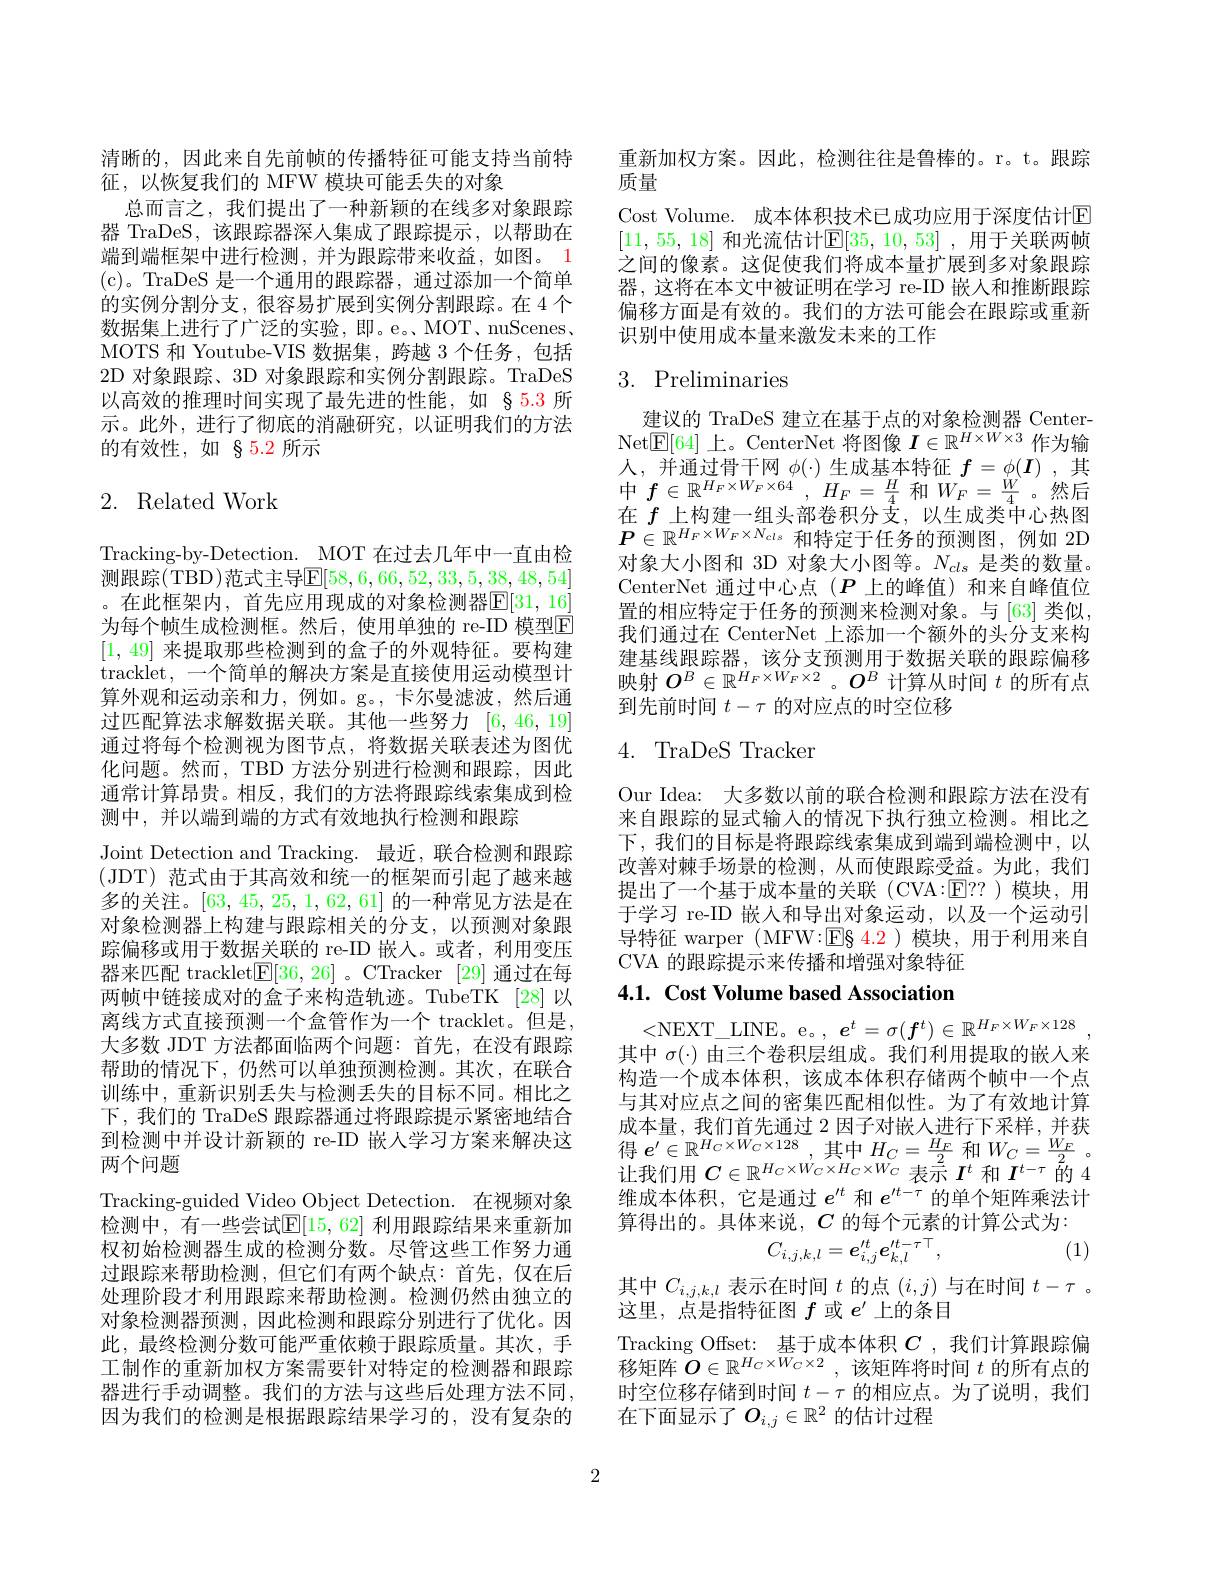
清晰的，因此来自先前帧的传播特征可能支持当前特
征，以恢复我们的 MFW 模块可能丢失的对象
总而言之，我们提出了一种新颖的在线多对象跟踪器 TraDeS,该跟踪器深人集成了跟踪提示，以帮助在端到端框架中进行检测，并为跟踪带来收益，如图。1 (c)。TraDeS 是一个通用的跟踪器，通过添加一个简单的实例分割分支，很容易扩展到实例分割跟踪。在 4 个数据集上进行了广泛的实验，即。e。MOT、nuScenes, MOTS 和 Youtube-VIS 数据集，跨越 3 个任务，包括2D 对象跟踪、3D 对象跟踪和实例分割跟踪。TraDeS 以高效的推理时间实现了最先进的性能，如 §5.3 所示。此外，进行了彻底的消融研究，以证明我们的方法的有效性，如 § 5.2 所示

# 2. Related Work

Tracking-by-Detection. MOT 在过去几年中一直由检测跟踪(TBD)范式主导$\overline{\mathrm{E}}[58,6,66,52,33,5,38,48,54]$ 。在此框架内，首先应用现成的对象检测器$\mathbb{E}[31,16]$ 为每个帧生成检测框。然后，使用单独的 re-ID 模型E [1, 49] 来提取那些检测到的盒子的外观特征。要构建tracklet, 一个简单的解决方案是直接使用运动模型计算外观和运动亲和力，例如。g。,卡尔曼滤波，然后通过匹配算法求解数据关联。其他一些努力[6,46,19] 通过将每个检测视为图节点，将数据关联表述为图优化问题。然而，TBD 方法分别进行检测和跟踪，因此通常计算昂贵。相反，我们的方法将跟踪线索集成到检测中，并以端到端的方式有效地执行检测和跟踪
Joint Detection and Tracking. 最近，联合检测和跟踪(JDT)范式由于其高效和统一的框架而引起了越来越多的关注。[63,45,25,1,62,61] 的一种常见方法是在对象检测器上构建与跟踪相关的分支，以预测对象跟踪偏移或用于数据关联的 re-ID 嵌入。或者，利用变压器来匹配 tracklet$\underline{\mathrm{E}}[36,26]$ 。CTracker [29] 通过在每两帧中链接成对的盒子来构造轨迹。TubeTK [28]以离线方式直接预测一个盒管作为一个 tracklet。但是， 大多数 JDT 方法都面临两个问题：首先，在没有跟踪帮助的情况下，仍然可以单独预测检测。其次，在联合训练中，重新识别丢失与检测丢失的目标不同。相比之下，我们的 TraDeS 跟踪器通过将跟踪提示紧密地结合到检测中并设计新颖的 re-ID 嵌人学习方案来解决这两个问题
Tracking-guided Video Object Detection. 在视频对象检测中，有一些尝试$\mathbb{E}[15,62]$ 利用跟踪结果来重新加权初始检测器生成的检测分数。尽管这些工作努力通过跟踪来帮助检测，但它们有两个缺点：首先，仅在后处理阶段才利用跟踪来帮助检测。检测仍然由独立的对象检测器预测，因此检测和跟踪分别进行了优化。因此，最终检测分数可能严重依赖于跟踪质量。其次，手工制作的重新加权方案需要针对特定的检测器和跟踪器进行手动调整。我们的方法与这些后处理方法不同， 因为我们的检测是根据跟踪结果学习的，没有复杂的

重新加权方案。因此，检测往往是鲁棒的。r。t。跟踪
质量
Cost Volume. 成本体积技术已成功应用于深度估计$\color{red}{\mathrm{E}}$ [11,55,18] 和光流估计$\mathbb{E}[35,10,53]$ ,用于关联两帧之间的像素。这促使我们将成本量扩展到多对象跟踪器，这将在本文中被证明在学习 re-ID 嵌人和推断跟踪偏移方面是有效的。我们的方法可能会在跟踪或重新识别中使用成本量来激发未来的工作

# 3. Preliminaries

建议的 TraDeS 建立在基于点的对象检测器 CenterNet$\mathbb{E}[64]$上。CenterNet 将图像$I\in\mathbb{R}^H\times W\times3$作为输$\begin{array}{l}\text{人，并通过骨干网 }\phi(\cdot)\text{ 生成基本特征 }f=\phi(\boldsymbol{I})&,\text{其}\\\text{中 }f\in\mathbb{R}^{H_F\times W_F\times64}&,H_F=\frac H4\text{ 和 }W_F=\frac W4&\text{。然后}\end{array}$ 在$f$上构建一组头部卷积分支，以生成类中心热图$\boldsymbol{P}\in\mathbb{R}^{H_F\times W_F\times N_{cls}}$和特定于任务的预测图，例如 2D 对象大小图和 3D 对象大小图等。$N_{cls}$是类的数量。CenterNet 通过中心点$(P$上的峰值)和来自峰值位置的相应特定于任务的预测来检测对象。与 [63] 类似， 我们通过在 CenterNet 上添加一个额外的头分支来构建基线跟踪器，该分支预测用于数据关联的跟踪偏移映射$O^B\in\mathbb{R}^{H_F\times W_F\times2}$。$O^B$计算从时间$t$的所有点到先前时间$t-\tau$的对应点的时空位移

# 4. TraDeS Tracker

Our Idea: 大多数以前的联合检测和跟踪方法在没有来自跟踪的显式输入的情况下执行独立检测。相比之下，我们的目标是将跟踪线索集成到端到端检测中，以改善对棘手场景的检测，从而使跟踪受益。为此，我们提出了一个基于成本量的关联(CVA:$\boxed{\mathrm{E}}??$)模块，用于学习 re-ID 嵌人和导出对象运动，以及一个运动引导特征 warper ( MFW:$\boxed{\mathrm{E}}\S$ 4.2)模块，用于利用来自CVA 的跟踪提示来传播和增强对象特征

## 4.1. Cost Volume based Association

<NEXT\_LINE。e。$,e^t=\sigma(f^t)\in\mathbb{R}^H_F\times W_F\times128$, 其中$\sigma(\cdot)$由三个卷积层组成。我们利用提取的嵌人来构造一个成本体积，该成本体积存储两个帧中一个点与其对应点之间的密集匹配相似性。为了有效地计算成本量，我们首先通过 2 因子对嵌人进行下采样，并获$得$ $e^{\prime }\in \mathbb{R} ^{H_{C}\times W_{C}\times 128}$,其中$H_C=\frac{H_{F}}{2}$和$W_C=\frac{W_{F}}{2}.$ 让我们用$C\in\mathbb{R}^H_C\times W_C\times H_C\times W_C$表示$I^t$和$I^t-\tau$的 4维成本体积，它是通过$e^{\prime t}$和$e^{\prime t-\tau}$的单个矩阵乘法计算得出的。具体来说，$C$的每个元素的计算公式为：
$$C_{i,j,k,l}=e_{i,j}^{\prime t}e_{k,l}^{\prime t-\tau\top},$$
其中$C_{i,j,k,l}$表示在时间$t$的点$(i,j)$与在时间$t-\tau$ 。
这里，点是指特征图$f$或$e^\prime$上的条目
Tracking Offset: 基于成本体积$C$ ,我们计算跟踪偏移矩阵$O\in\mathbb{R}^{H_C\times W_C\times2}$,该矩阵将时间$t$的所有点的时空位移存储到时间$t-\tau$的相应点。为了说明，我们在下面显示了$O_i,j\in\mathbb{R}^2$的估计过程

2